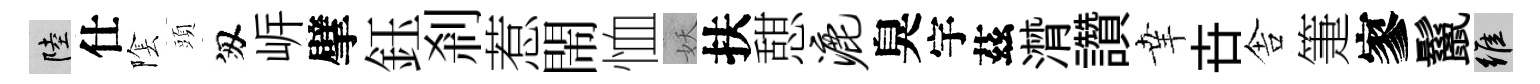
陸仕隂頭匆㟁擘鈺剎惹閙恤妖扶憇漉臭宇茲潸讚𦍒卋舎箑寥鬣維